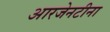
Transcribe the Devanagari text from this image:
आरजेनटीना